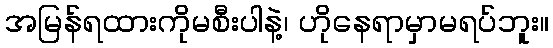
အမြန်ရထားကိုမစီးပါနဲ့၊ ဟိုနေရာမှာမရပ်ဘူး။